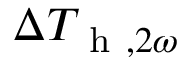
\Delta T _ { \mathrm { ~ h ~ } , 2 \omega }